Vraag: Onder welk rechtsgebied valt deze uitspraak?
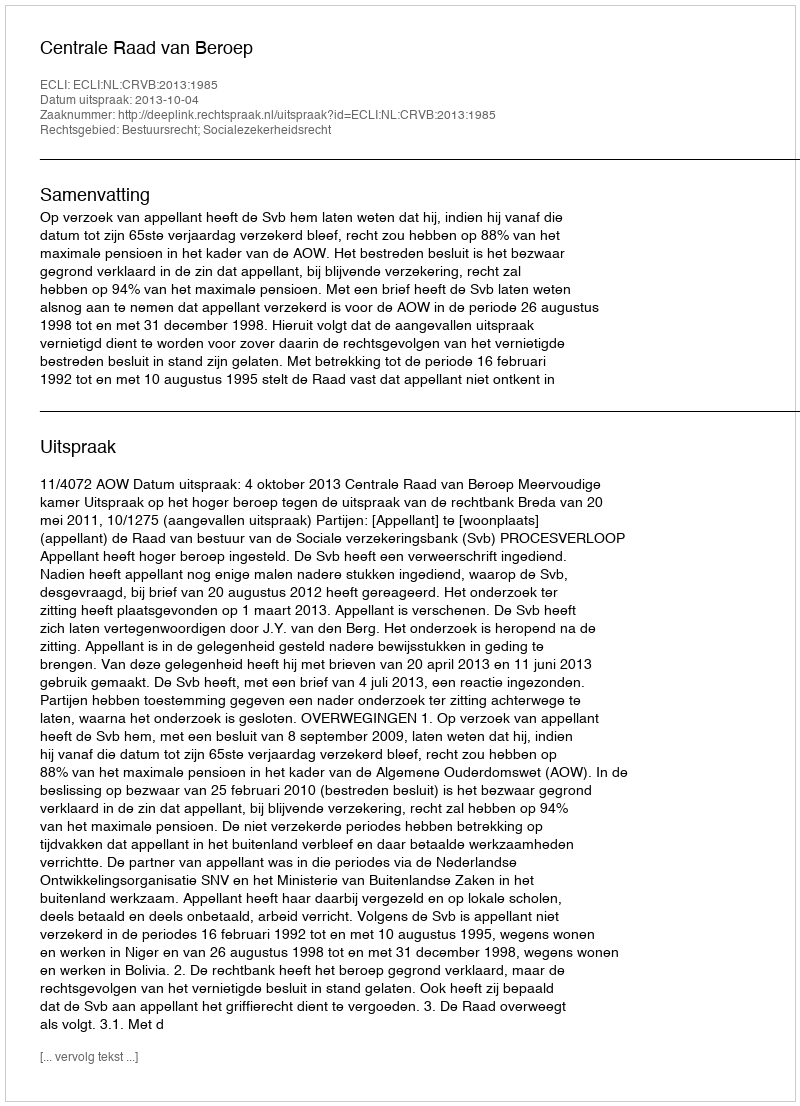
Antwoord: Bestuursrecht; Socialezekerheidsrecht